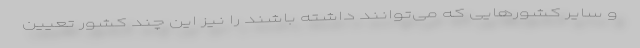
و سایر کشورهایی که می‌توانند داشته باشند را نیز این چند کشور تعیین